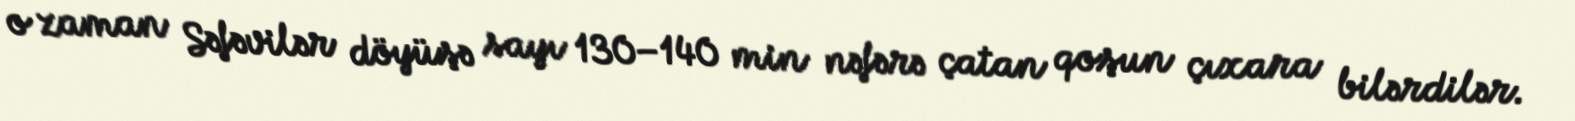
o zaman Səfəvilər döyüşə sayı 130–140 min nəfərə çatan qoşun çıxara bilərdilər.